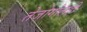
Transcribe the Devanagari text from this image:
तेजोगोलही